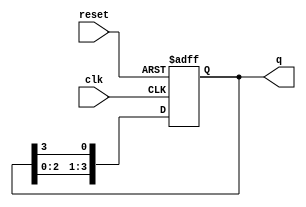
module ring_counter #(parameter N = 4) (
    input wire clk,          // Clock input
    input wire reset,        // Asynchronous reset
    output reg [N-1:0] q     // Ring counter output
);

// Internal signal for the next state
reg [N-1:0] next_q;

// Always block for synchronous reset and state transition
always @(posedge clk or posedge reset) begin
    if (reset) begin
        // Initialize the counter to 1 followed by (N-1) zeros
        q <= 1'b1 << (N-1);
    end else begin
        // Shift the '1' to the right
        q <= {q[N-2:0], q[N-1]};
    end
end

endmodule